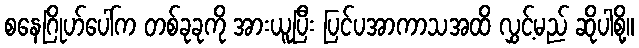
စနေဂြိုဟ်ပေါ်က တစ်ခုခုကို အားယူပြီး ပြင်ပအာကာသအထိ လွှင့်မည် ဆိုပါစို့။